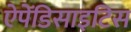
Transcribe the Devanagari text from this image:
ऐपेंडिसाइटिस